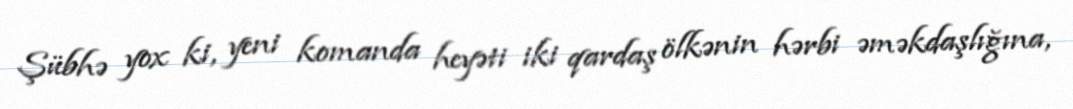
Şübhə yox ki, yeni komanda heyəti iki qardaş ölkənin hərbi əməkdaşlığına,